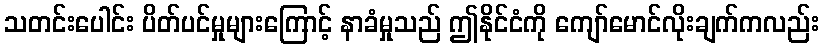
သတင်းပေါင်း ပိတ်ပင်မှုများကြောင့် နာခံမှုသည် ဤနိုင်ငံကို ကျော်မောင်လိုးချက်ကလည်း